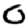
Digit: 0